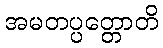
အမတပ္ပတ္တောတိ